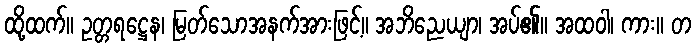
ထို့ထက်။ ဥတ္တရဋ္ဌေန၊ မြတ်သောအနက်အားဖြင့်။ အဘိညေယျာ၊ အပ်၏။ အထဝါ၊ ကား။ တ